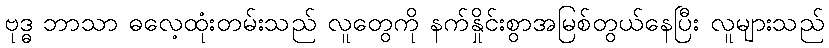
ဗုဒ္ဓ ဘာသာ ဓလေ့ထုံးတမ်းသည် လူတွေကို နက်နှိုင်းစွာအမြစ်တွယ်နေပြီး လူများသည်